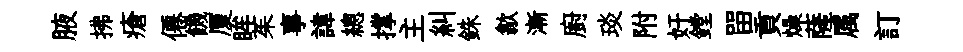
腋拂瘡僊饑厦眸茱事諱總撑主糾銖歙漸廚琰附奸鏜㽞貢燥薩属訂